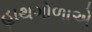
હાથગોળાએ